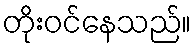
တိုးဝင်နေသည်။